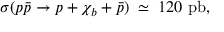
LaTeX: \sigma ( p \bar { p } \rightarrow p + \chi _ { b } + \bar { p } ) \; \simeq \; 1 2 0 ~ \mathrm { p b } ,